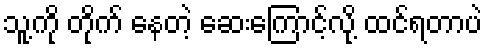
သူ့ကို တိုက် နေတဲ့ ဆေးကြောင့်လို့ ထင်ရတာပဲ